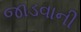
જાડવાની